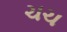
ચચ